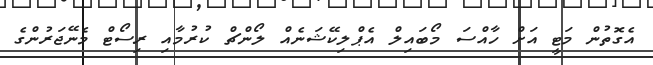
އެގޮތުން މަޓީ އަށް ހާއްސަ މޯބައިލް އެޕްލިކޭޝަނެއް ލޯންޗް ކުރުމާއި ރިސޯޓް މެނޭޖަރުންގެ